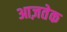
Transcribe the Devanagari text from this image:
आज़तेक